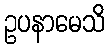
ဥပနာမေသိ